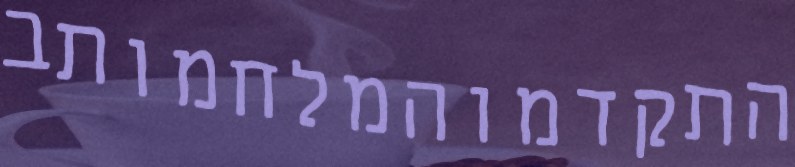
התקדמוהמלחמותב